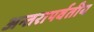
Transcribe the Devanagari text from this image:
अन्तरापर्वतीय